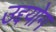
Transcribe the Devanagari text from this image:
उद्दयोग